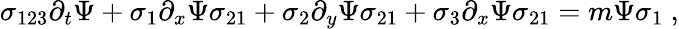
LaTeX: \sigma_{123}\partial_{t}\Psi+\sigma_{1}\partial_{x}\Psi\sigma_{21}+\sigma_{2}\partial_{y}\Psi\sigma_{21}+\sigma_{3}\partial_{x}\Psi\sigma_{21}=m\Psi\sigma_{1}~,